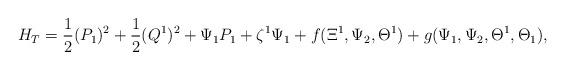
LaTeX: \begin{align*}H_{T}=\frac{1}{2}(P_{1})^{2}+\frac{1}{2}(Q^{1})^{2}+\Psi_{1}P_{1}+\zeta^{1}\Psi_{1}+f(\Xi^{1},\Psi_{2},\Theta^{1})+g(\Psi_{1},\Psi_{2},\Theta^{1},\Theta_{1}),\end{align*}